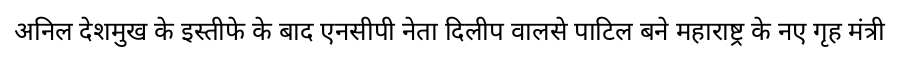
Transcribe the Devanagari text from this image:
अनिल देशमुख के इस्तीफे के बाद एनसीपी नेता दिलीप वालसे पाटिल बने महाराष्ट्र के नए गृह मंत्री